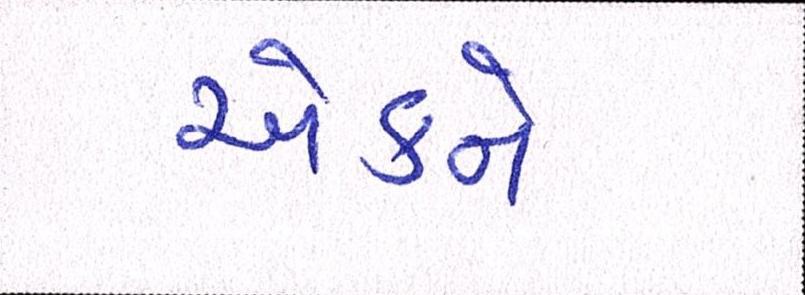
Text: એકને